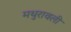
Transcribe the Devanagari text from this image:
मथुरावली